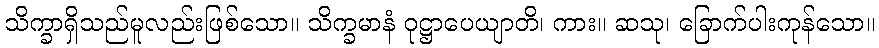
သိက္ခာရှိသည်မူလည်းဖြစ်သော။ သိက္ခမာနံ ဝုဋ္ဌာပေယျာတိ၊ ကား။ ဆသု၊ ခြောက်ပါးကုန်သော။